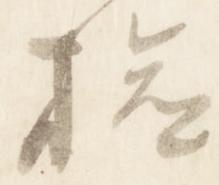
検